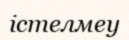
істелмеу